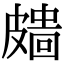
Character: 𥀖